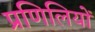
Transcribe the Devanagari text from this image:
प्रणिलियों